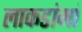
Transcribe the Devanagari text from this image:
लाकडांमां